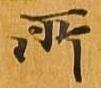
所